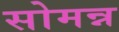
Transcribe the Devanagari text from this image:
सोमन्न